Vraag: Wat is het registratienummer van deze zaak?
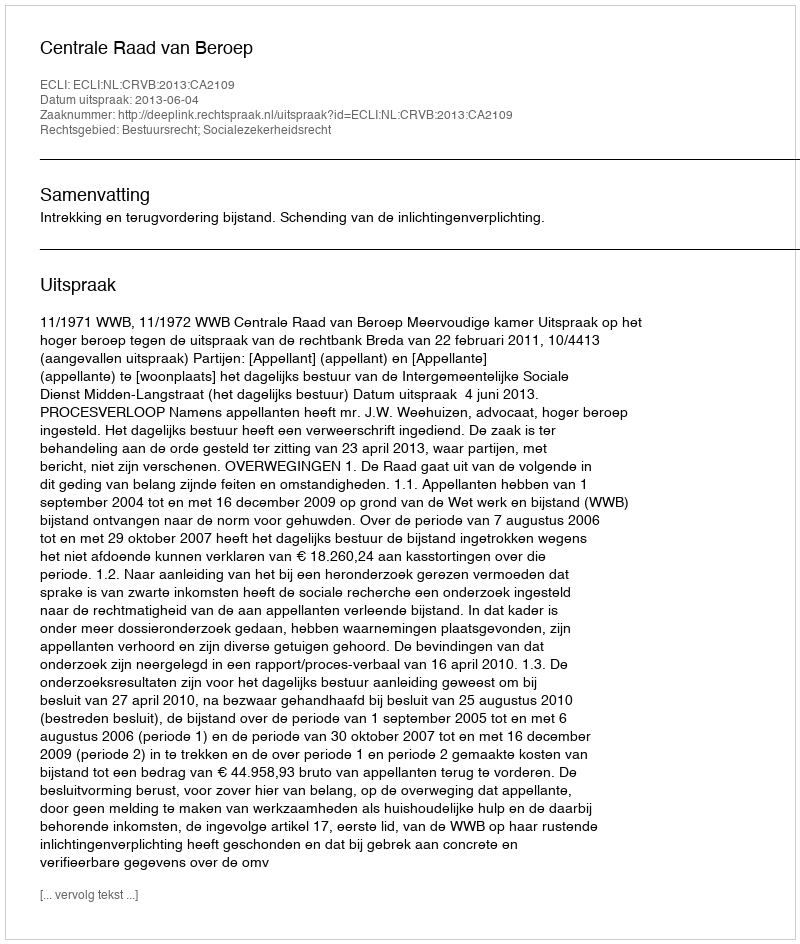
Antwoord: http://deeplink.rechtspraak.nl/uitspraak?id=ECLI:NL:CRVB:2013:CA2109